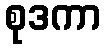
စုဒကာ